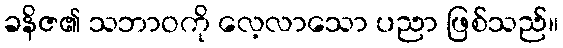
ခနိဇ၏ သဘာဝကို လေ့လာသော ပညာ ဖြစ်သည်။